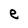
Character: e